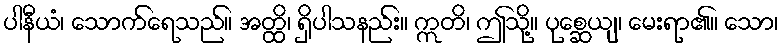
ပါနီယံ၊ သောက်ရေသည်။ အတ္ထိ၊ ရှိပါသနည်း။ ဣတိ၊ ဤသို့။ ပုစ္ဆေယျ၊ မေးရာ၏။ သော၊